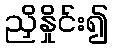
ညှိနှိုင်း၍